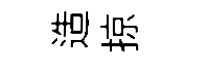
造掠